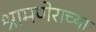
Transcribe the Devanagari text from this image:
श्रामणेराच्या